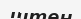
штен